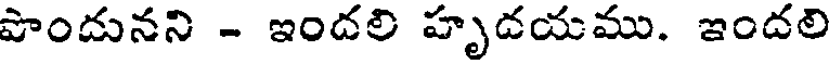
పొందునని - ఇందలి హృడయము. ఇందలి